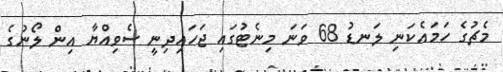
މެޗުގެ ހަމައެކަނި ލަނޑު 68 ވަނަ މިނެޓުގައި ޖަހައިދިނީ ސެވިއްޔާ އިން ލޯނުގެ